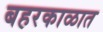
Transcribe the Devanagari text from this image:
बहरकाळात